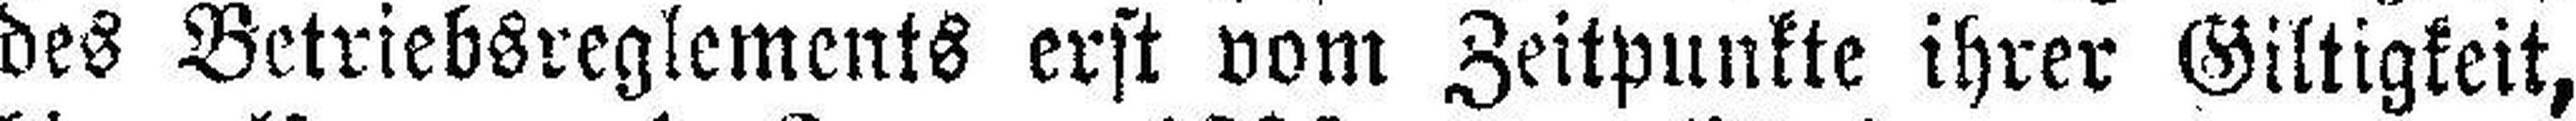
des Betriebsreglements erst vom Zeitpunkte ihrer Giltigkeit,